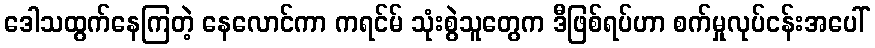
ဒေါသထွက်နေကြတဲ့ နေလောင်ကာ ကရင်မ် သုံးစွဲသူတွေက ဒီဖြစ်ရပ်ဟာ စက်မှုလုပ်ငန်းအပေါ်